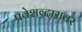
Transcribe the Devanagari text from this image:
प्रवेशव्दारावर